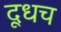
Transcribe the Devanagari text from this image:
दूधच